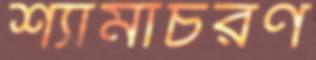
শ্যামাচরণ